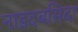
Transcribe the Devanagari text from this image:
नाइदबसिदा